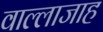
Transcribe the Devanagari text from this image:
वाल्लाजाह